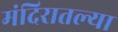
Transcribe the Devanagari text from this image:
मंदिरातल्या